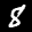
Label: 8